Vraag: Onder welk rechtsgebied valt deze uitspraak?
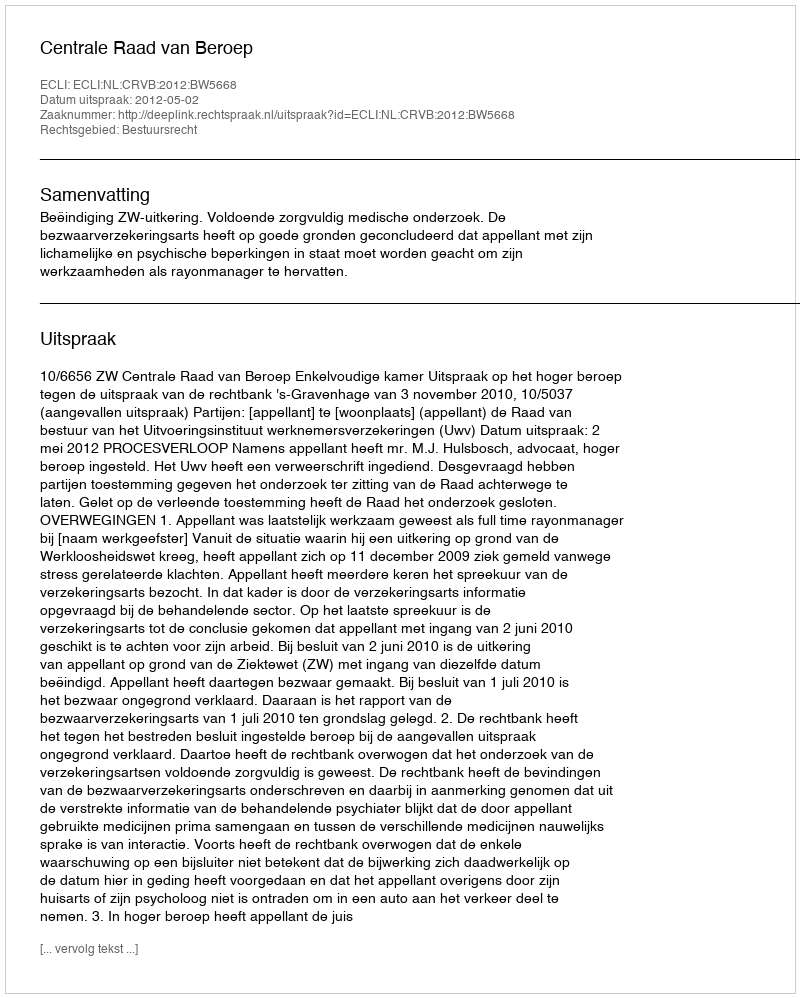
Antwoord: Bestuursrecht